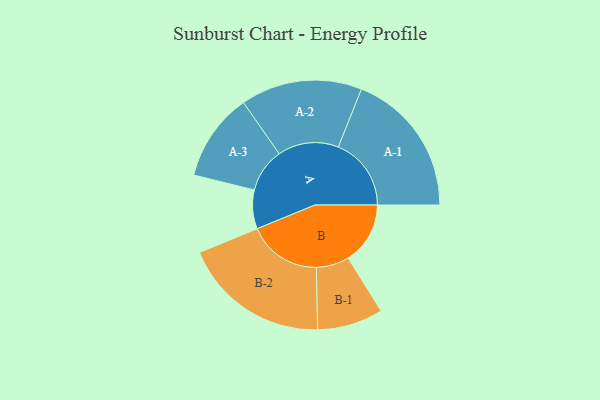
{"axis": {"x": "Segment", "y": "Value"}, "legend": ["", "A", "B"], "data": [{"x": "A", "y": 146, "type": ""}, {"x": "B", "y": 234, "type": ""}, {"x": "A-1", "y": 275, "type": "A"}, {"x": "A-2", "y": 229, "type": "A"}, {"x": "A-3", "y": 166, "type": "A"}, {"x": "B-1", "y": 124, "type": "B"}, {"x": "B-2", "y": 278, "type": "B"}]}